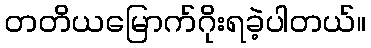
တတိယမြောက်ဂိုးရခဲ့ပါတယ်။